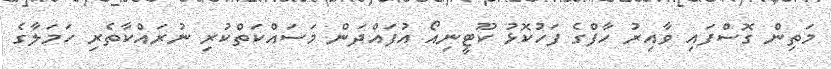
މަތިން ގޮސްފައި ވާއިރު ހާފްގެ ފަހުކޮޅު ކޫޓީނިއޯ އުފައްދަން މަސައްކަތްކުރި ނުރައްކާތެރި ހަމަލާގެ